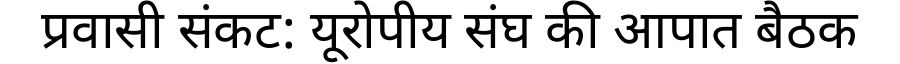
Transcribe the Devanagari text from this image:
प्रवासी संकट: यूरोपीय संघ की आपात बैठक